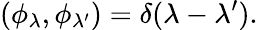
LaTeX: (\phi_{\lambda},\phi_{\lambda^{\prime}})=\delta(\lambda-\lambda^{\prime}).